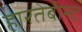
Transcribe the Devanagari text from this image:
हारतेबीस्ट